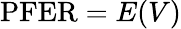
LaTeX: \mathrm{PFER}=E(V)